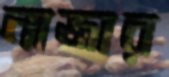
নাজার